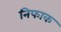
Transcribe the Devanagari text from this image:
निफाक